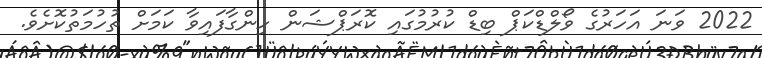
2022 ވަނަ އަހަރުގެ ވޯލްޑްކަޕް ބިޑް ކުރުމުގައި ކޮރަޕްޝަން ހިންގާފައިވާ ކަމަށް ތުހުމަތުކޮށެވެ.